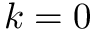
k = 0